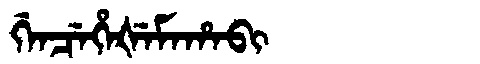
Manchu: ᡤᡝᠨᠴᡝᡥᡝᡧᡝᠮᠠᡥᠠᠪᡳ
Romanization: GENCEHEŠEMAHABI